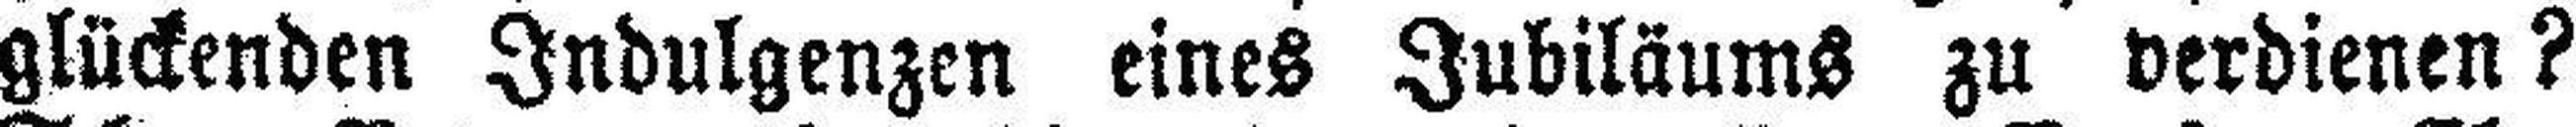
glückenden Indulgenzen eines Jubiläums zu verdienen?